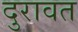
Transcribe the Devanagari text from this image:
दुरावत